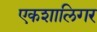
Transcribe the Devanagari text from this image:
एकशालिगर